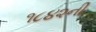
૧૮૪૨ની